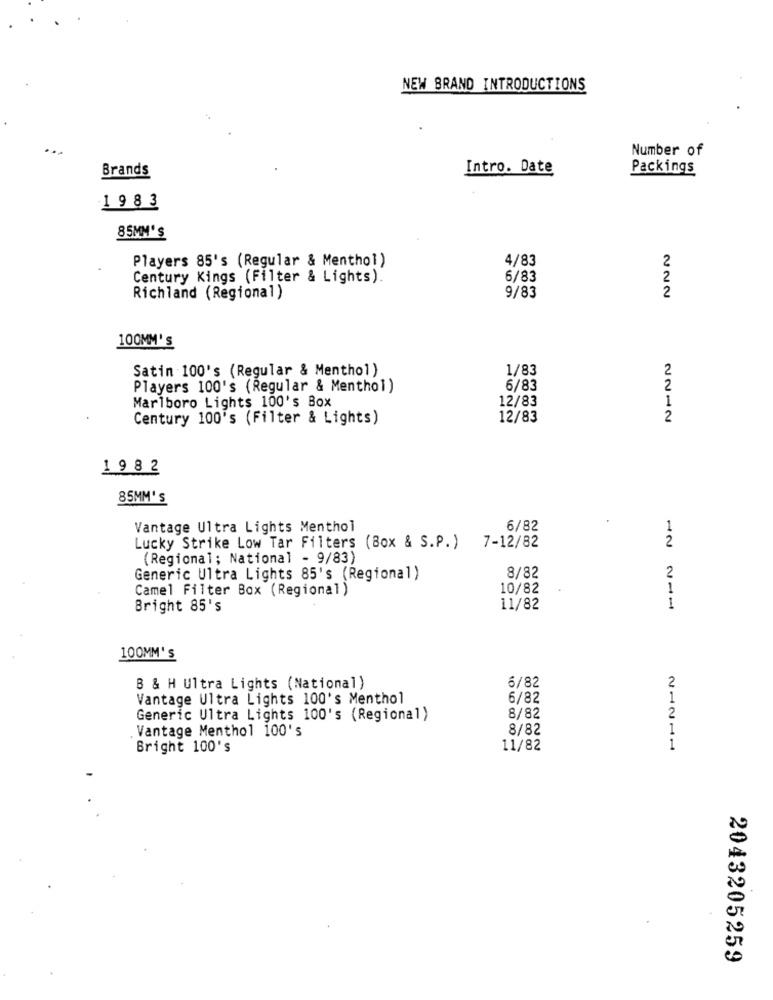
NEW BRAND INTRODUCTIONS
Number of
Brands
Intro. Date
Packings
1 9 8 3
85MM'S
Players 85's (Regular & Menthol)
4/83
2
Century Kings (Filter & Lights).
6/83
2
2
Richland (Regional)
9/83
100MM's
Satin 100's (Regular & Menthol )
1/83
2
Players 100's (Regular & Menthol)
6/83
2
12/83
1
Marlboro Lights 100's Box
Century 100's (Filter & Lights)
12/83
2
19 8 2
85MM'S
Vantage Ultra Lights Menthol
6/82
1
2
Lucky Strike Low Tar Filters (Box & S.P. ) 7-12/82
(Regional; National - 9/83)
2
Generic Ultra Lights 85's (Regional)
8/82
10/82
1
Camel Filter Box (Regional)
Bright 85's
11/82
1
100MM's
B & H Ultra Lights (National)
6/82
Vantage Ultra Lights 100's Menthol
6/82
2
Generic Ultra Lights 100's (Regional)
8/82
8/82
1
Vantage Menthol 100's
Bright 100's
11/82
1
2043205259